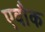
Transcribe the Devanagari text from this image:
एवौक